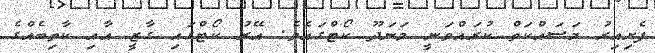
ފެށިއިރު މަސައްކަތް ކުރައްވަނީ މަނަދޫ ކޯޓްގައެވެ. އޭރު ކޯޓްގައި ގާޒީ އާއި ކާތިބެއްގެ